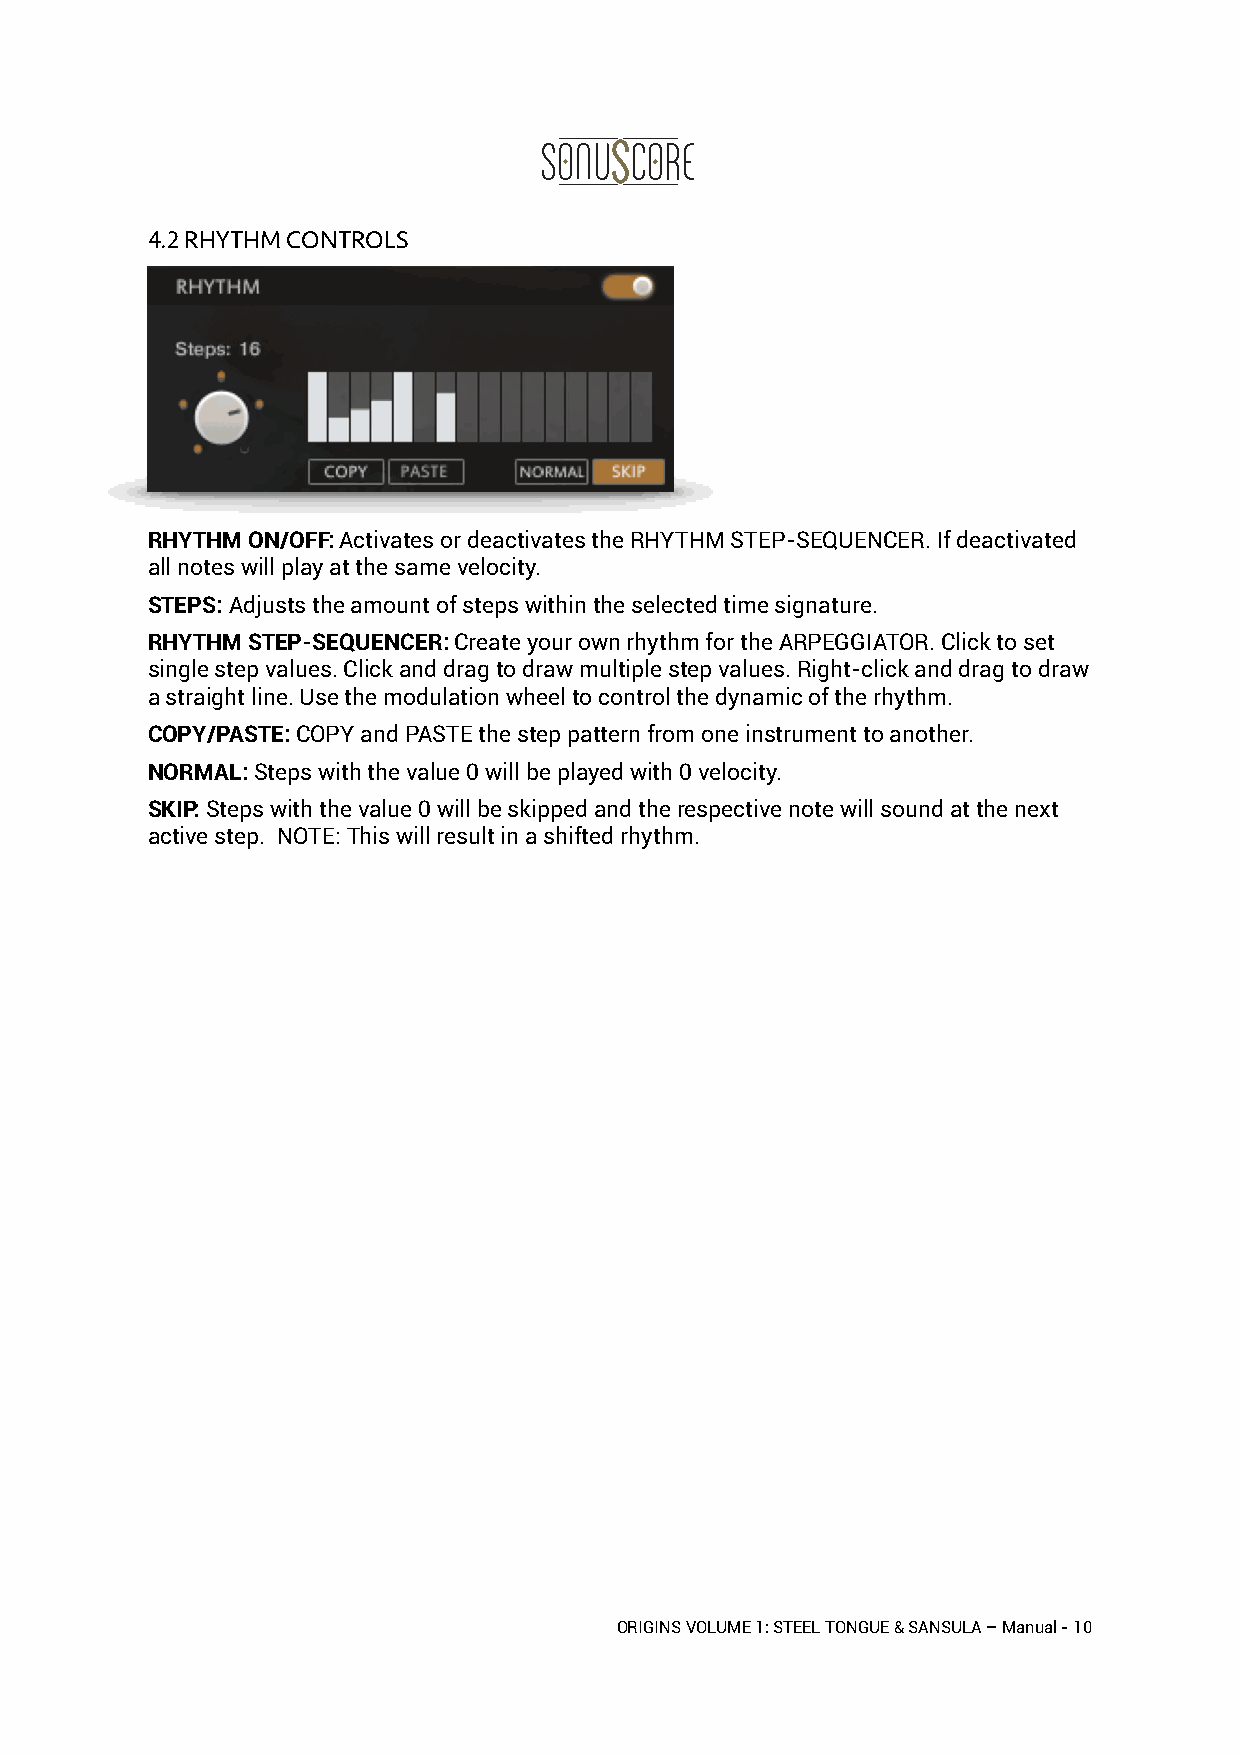
4.2 RHYTHM CONTROLS

 RHYTHM ON/OFF: Activates or deactivates the RHYTHM STEP-SEQUENCER. If deactivated
 all notes will play at the same velocity.
 STEPS: Adjusts the amount of steps within the selected time signature.
 RHYTHM STEP-SEQUENCER: Create your own rhythm for the ARPEGGIATOR. Click to set
 single step values. Click and drag to draw multiple step values. Right-click and drag to draw
 a straight line. Use the modulation wheel to control the dynamic of the rhythm.
 COPY/PASTE: COPY and PASTE the step pattern from one instrument to another.
 NORMAL: Steps with the value 0 will be played with 0 velocity.
 SKIP: Steps with the value 0 will be skipped and the respective note will sound at the next
 active step. NOTE: This will result in a shifted rhythm.
 ORIGINS VOLUME 1: STEEL TONGUE & SANSULA – Manual - 10